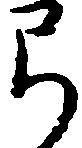
弓